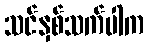
သင်နှစ်သက်ပါက